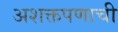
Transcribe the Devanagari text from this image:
अशक्तपणाची